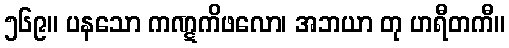
၅၆၉။ ပနသော ကဏ္ဋကိဖလော၊ အဘယာ တု ဟရီတကီ။